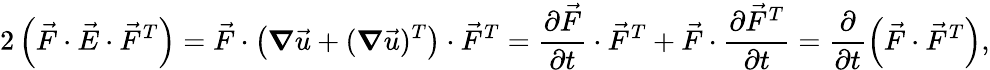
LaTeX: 2\left(\vec{F}\cdot\vec{E}\cdot\vec{F}^{T}\right)=\vec{F}\cdot\left(\boldsymbol{\nabla}\vec{u}+(\boldsymbol{\nabla}\vec{u})^{T}\right)\cdot\vec{F}^{T}=\frac{\partial\vec{F}}{\partial t}\cdot\vec{F}^{T}+\vec{F}\cdot\frac{\partial\vec{F}^{T}}{\partial t}=\frac{\partial}{\partial t}\left(\vec{F}\cdot\vec{F}^{T}\right),